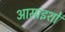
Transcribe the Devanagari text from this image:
आसाइशों